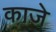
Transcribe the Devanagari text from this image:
काजे